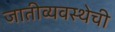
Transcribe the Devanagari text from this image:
जातीव्यवस्थेची